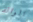
الوالد